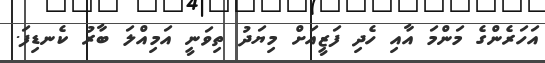
އަހަރެންގެ މަންމަ އާއި ހެދި ފަޒީއަށް މިޔަދު ތިވަނީ އަމިއްލަ ބާރު ކެނޑިފަ.